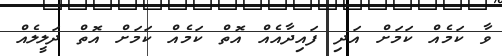
ވާ ކަމެއް ކަމަށް އަދި ފައިދާއެއް އޮތް ކަމެއް ކަމަށް އޮތް ދަލީލެއް